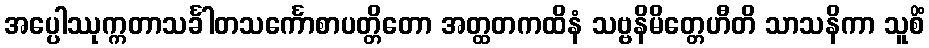
အပ္ပေါဿုက္ကတာသင်္ခါတသင်္ကောစာပတ္တိတော အတ္ထတကထိနံ သဗ္ဗနိမိတ္တေဟီတိ သာသနိကာ သူစိံ